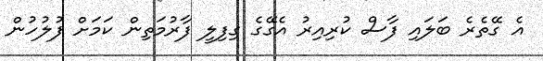
އެ ގޭތެރެ ބަލައި ފާސް ކުރިއިރު އެގޭގެ ގިފިލީ ފާރުމަތިން ކަަމަށް ފުލުހުން